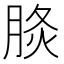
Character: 𦛧